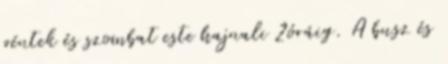
péntek és szombat este hajnali 2óráig. A busz és